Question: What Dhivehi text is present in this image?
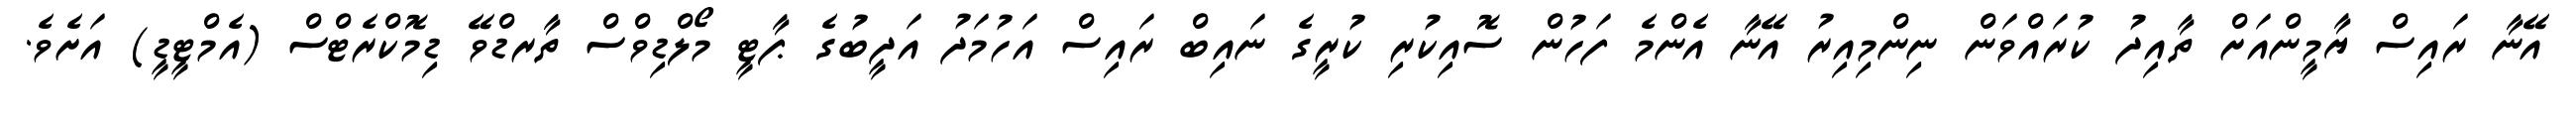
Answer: އޭނާ ރައިސް ޔާމީންއަށް ތާއިދު ކުރައްވަން ނިންމިއިރު އޭނާ އެންމެ ފަހުން ސޮއިކުރި ކުރީގެ ނައިބް ރައިސް އަހުމަދު އަދީބުގެ ޕާޓީ މޯލްޑިވްސް ތާރޑްވޭ ޑިމޮކްރެޓްސް (އެމްޓީޑީ) އަށެވެ.